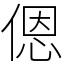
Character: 𫣆